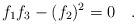
LaTeX: \begin{align*}f_1 f_3 - (f_2)^{2}=0\quad. \end{align*}